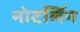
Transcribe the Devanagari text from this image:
नोटलिंग